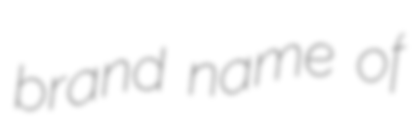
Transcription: brand name of